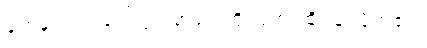
ခုံတန်းလျားပေါ်တွင် အရုပ်ကြိုးပြတ် ထိုင်ချလိုက်၏။